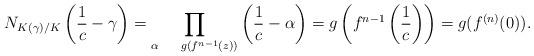
LaTeX: \begin{align*}N_{K(\gamma)/K}\left(\frac{1}{c}-\gamma\right)&=\prod_{\alpha~~ ~~ g(f^{n-1}(z))}\left(\frac{1}{c}-\alpha\right)=g\left(f^{n-1}\left(\frac{1}{c}\right)\right)=g(f^{(n)}(0)).\end{align*}